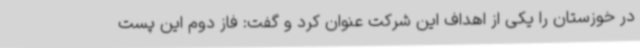
در خوزستان را یکی از اهداف این شرکت عنوان کرد و گفت: فاز دوم این پست